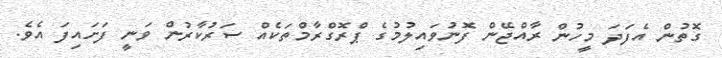
ގޮތުން އެފަދަ މީހުން ރާއްޖޭން ފޮނުވައިލުމުގެ ޕްރޮގްރާމްތަކެއް ސަރުކާރުން ވަނީ ފަށައިފަ އެވެ.